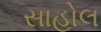
સાહોલ